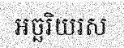
អច្ឆរិយរស